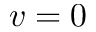
v = 0